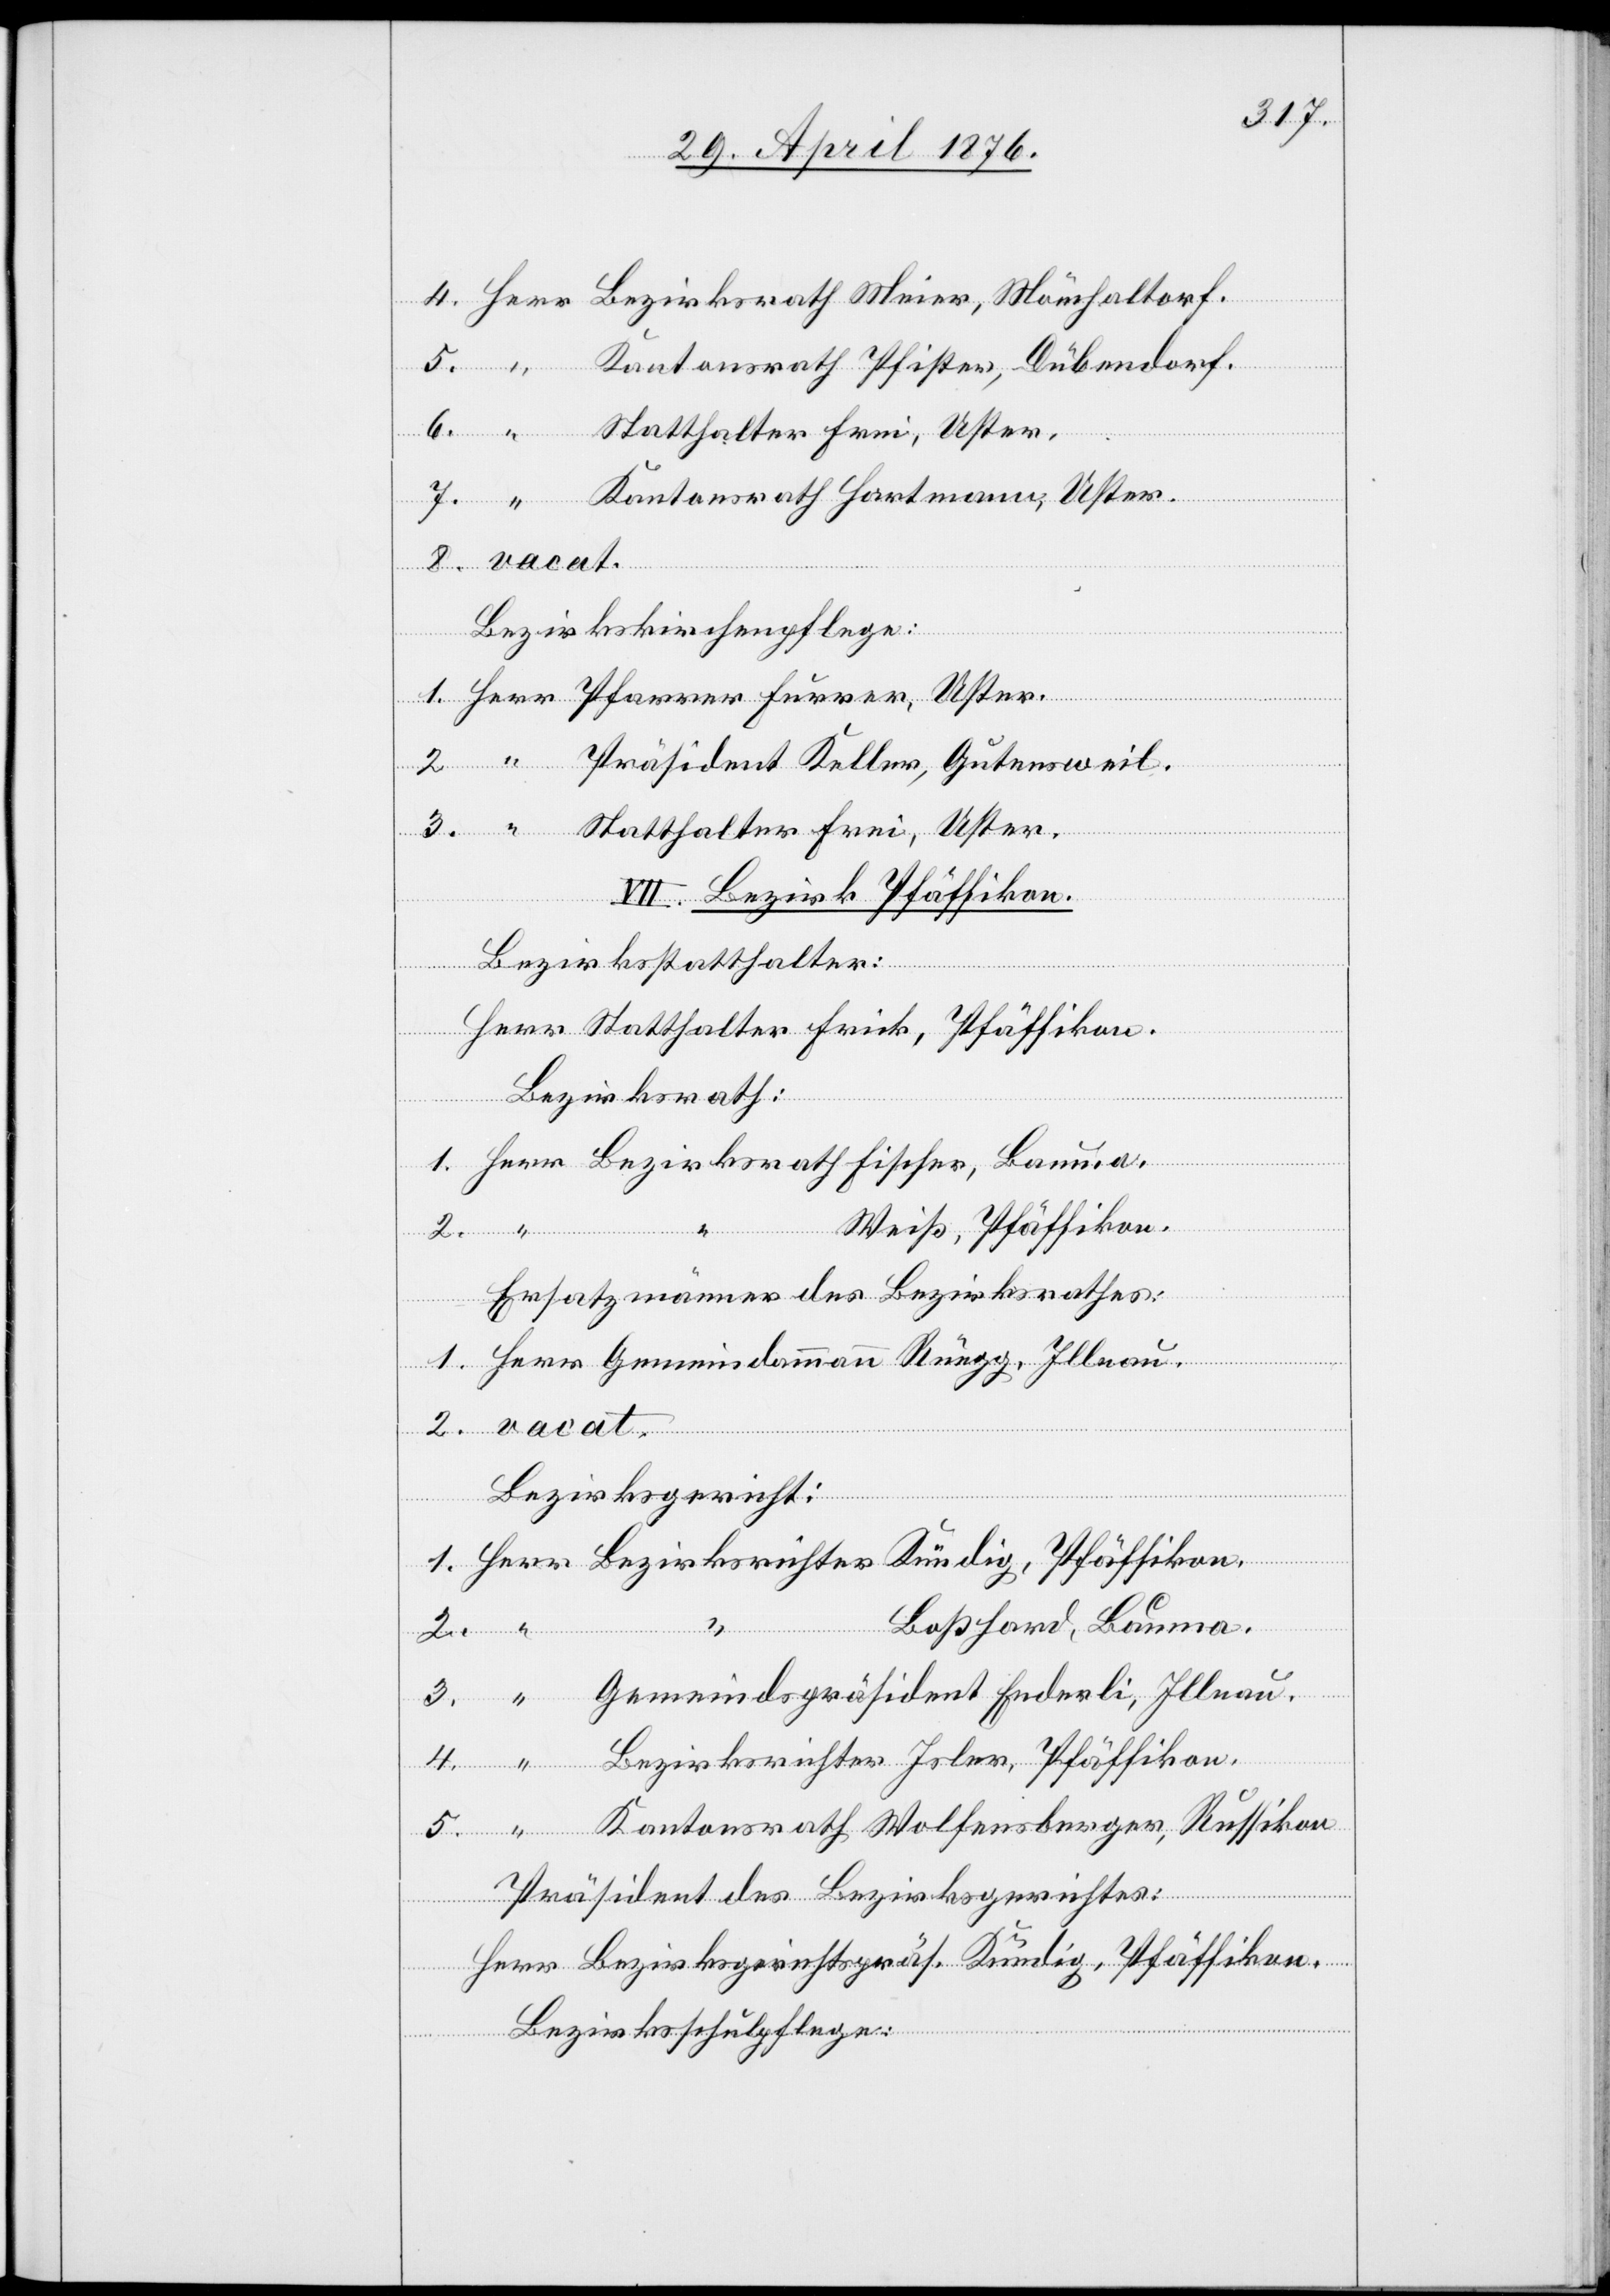
rger,
5.
Gemeindammann
VII. Bezirk Pfäffikon.
Bezirksstatthalter:
Herr Statthalter Frick, Pfäffikon.
Bezirksrath
Is¬
ler, Pfäffikon.
Gemeindspräsi¬
er
2.
Ersatzmänner des Bezirksrathes:
Bezirksricht¬
srath
Boßhard, Bauma.
Russikon.
4.
3.
Bauma
4.
Präsident des Bezirksgerichtes:
Herr Bezirksgerichtspräs. Kündig, Pfäffikon.
Bezirksschulpflege: